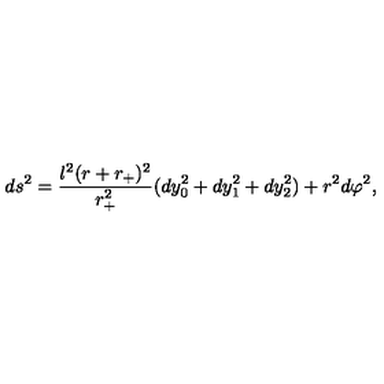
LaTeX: d s ^ { 2 } = \frac { l ^ { 2 } ( r + r _ { + } ) ^ { 2 } } { r _ { + } ^ { 2 } } ( d y _ { 0 } ^ { 2 } + d y _ { 1 } ^ { 2 } + d y _ { 2 } ^ { 2 } ) + r ^ { 2 } d \varphi ^ { 2 } ,